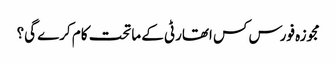
مجوزہ فورس کس اتھارٹی کے ماتحت کام کرے گی؟